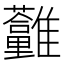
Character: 𩁮